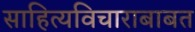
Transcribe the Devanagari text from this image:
साहित्यविचाराबाबत